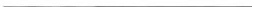
___